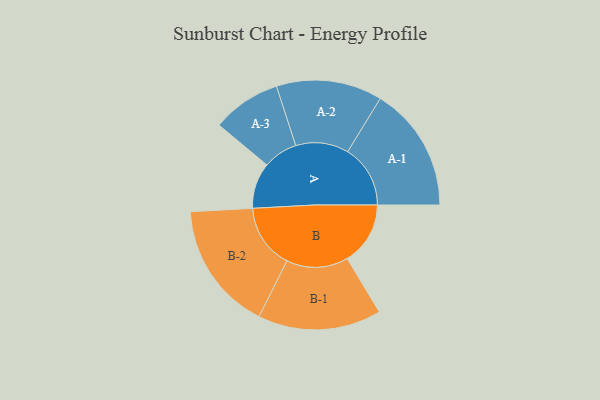
{"axis": {"x": "Segment", "y": "Value"}, "legend": ["", "A", "B"], "data": [{"x": "A", "y": 194, "type": ""}, {"x": "B", "y": 267, "type": ""}, {"x": "A-1", "y": 265, "type": "A"}, {"x": "A-2", "y": 224, "type": "A"}, {"x": "A-3", "y": 146, "type": "A"}, {"x": "B-1", "y": 261, "type": "B"}, {"x": "B-2", "y": 273, "type": "B"}]}